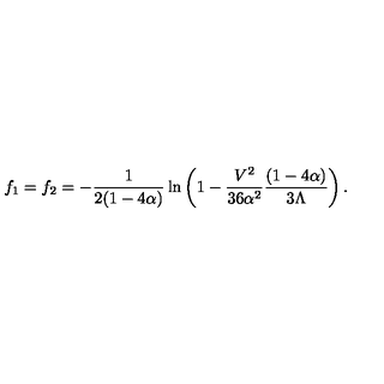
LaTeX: f _ { 1 } = f _ { 2 } = - \frac { 1 } { 2 ( 1 - 4 \alpha ) } \ln \left( 1 - \frac { V ^ { 2 } } { 3 6 \alpha ^ { 2 } } \frac { ( 1 - 4 \alpha ) } { 3 \Lambda } \right) .